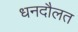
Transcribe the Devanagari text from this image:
धनदौलत